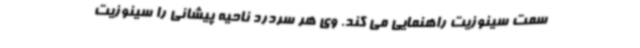
سمت سینوزیت راهنمایی می کند. وی هر سردرد ناحیه پیشانی را سینوزیت